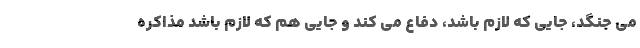
می جنگد، جایی که لازم باشد، دفاع می کند و جایی هم که لازم باشد مذاکره